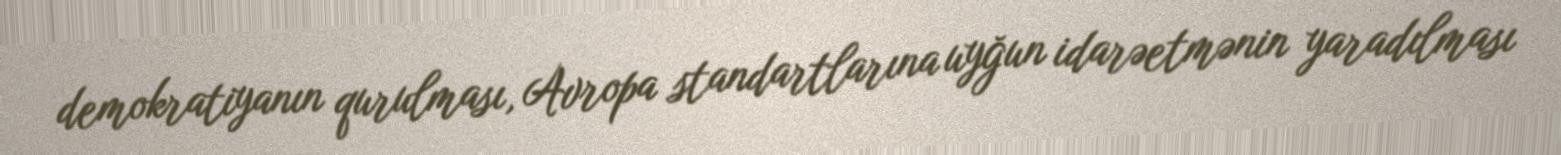
demokratiyanın qurulması, Avropa standartlarına uyğun idarəetmənin yaradılması